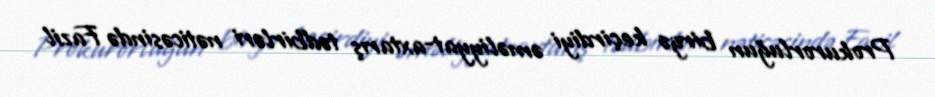
Prokurorluğun birgə keçirdiyi əməliyyat-axtarış tədbirləri nəticəsində Fazil